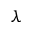
\lambda